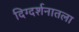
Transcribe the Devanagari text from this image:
दिग्दर्शनातला